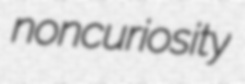
noncuriosity